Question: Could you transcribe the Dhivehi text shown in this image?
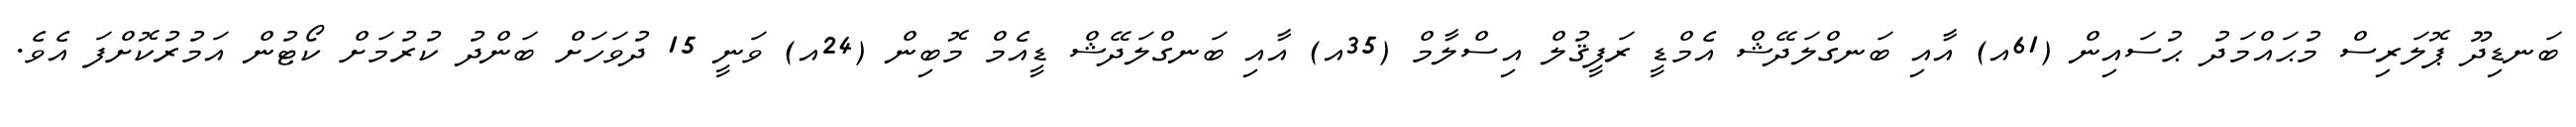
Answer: ބަނޑިދޫ ޕޮލަރިސް މުޙައްމަދު ޙުސައިން (61އ) އާއި ބަނގްލަދޭޝް އެމްޑީ ރަފީޤުލް އިސްލާމް (35އ) އާއި ބަނގްލަދޭޝް ޑީއެމް މޮބިން (24އ) ވަނީ 15 ދުވަހަށް ބަންދު ކުރުމަށް ކޯޓުން އަމުރުކޮށްފަ އެވެ.